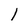
Character: I